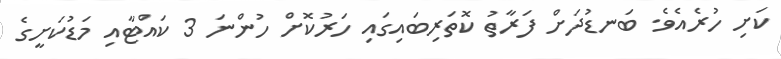
ކަށި ހުރެއެވެ. ބަނޑުދަށް ފަރާތު ކޮތަރިބައިގައި ހަރުކޮށް ހުންނަ 3 ކައްޓާއި މަޑުކަށީގެ